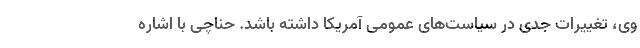
وی، تغییرات جدی در سیاست‌های عمومی آمریکا داشته باشد. حناچی با اشاره